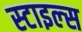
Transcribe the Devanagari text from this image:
स्‍टाइल्‍स